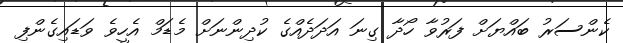
ކެންސަރު ބައްޔަށް ފަރުވާ ހޯދާ ގިނަ އަދަދެއްގެ ކުދިންނަށް މެޑަމް އެހީވެ ވަޑައިގެންފި